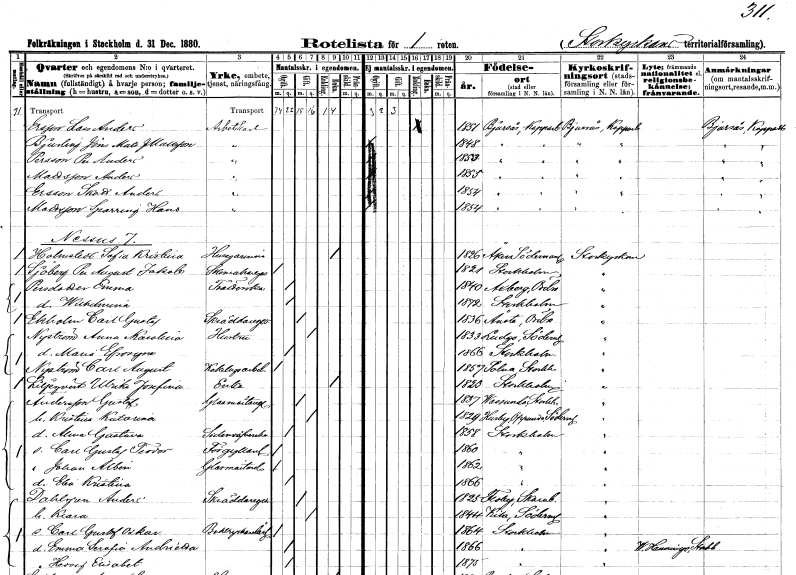
gt_parse: households: individuals: FN: Lars Anders
EN: Ersson
YRKE: Arbetskarl
KON: M
CIV: E
FODAR: 1851
FODFORS: Bjursås Kopparbergs län
FN: Jöns Mats
EN: Bjurling Mattsson
YRKE: Arbetskarl
KON: M
CIV: O
FODAR: 1848
FODFORS: Bjursås Kopparbergs län
FN: Per Anders
EN: Persson
YRKE: Arbetskarl
KON: M
CIV: O
FODAR: 1853
FODFORS: Bjursås Kopparbergs län
FN: Anders
EN: Mattsson
YRKE: Arbetskarl
KON: M
CIV: O
FODAR: 1855
FODFORS: Bjursås Kopparbergs län
FN: Anders
EN: Ersson Skott
YRKE: Arbetskarl
KON: M
CIV: O
FODAR: 1854
FODFORS: Bjursås Kopparbergs län
FN: Hans
EN: Mattsson Sparring
YRKE: Arbetskarl
KON: M
CIV: O
FODAR: 1854
FODFORS: Bjursås Kopparbergs län
FN: Sofia Kristina
EN: Holmstedt
YRKE: Husägarinna
KON: K
CIV: E
FODAR: 1826
FODFORS: Åker Södermanlands län
FN: Per August Jakob
EN: Sjöberg
YRKE: Skomakaregesäll
KON: M
CIV: O
FODAR: 1821
FODFORS: Stockholm
FN: Emma
EN: Persdotter
YRKE: Tvätterska
KON: K
CIV: O
FODAR: 1840
FODFORS: Axberg Örebro län
FN: Wilhelmina
KON: K
CIV: O
FODAR: 1872
FODFORS: Stockholm
FN: Carl Gustaf
EN: Ekholm
YRKE: Skräddaregesäll
KON: M
CIV: G
FODAR: 1836
FODFORS: Ånsta Örebro län
FN: Anna Karolina
EN: Nyström
YRKE: Hustru
KON: K
CIV: G
FODAR: 1833
FODFORS: Ludgo Södermanlands län
FN: Maria Efrosyne
KON: K
CIV: O
FODAR: 1866
FODFORS: Stockholm
FN: Carl August
EN: Nyström
YRKE: Kakelugnsmakeriarbetare
KON: M
CIV: O
FODAR: 1857
FODFORS: Solna Stockholms län
FN: Ulrika Josefina
EN: Liljeqvist
YRKE: Änka
KON: K
CIV: E
FODAR: 1823
FODFORS: Stockholm
FN: Gustaf
EN: Andersson
YRKE: Glasmästare
KON: M
CIV: G
FODAR: 1837
FODFORS: Vassunda Uppsala län
FN: Kristina Katarina
KON: K
CIV: G
FODAR: 1829
FODFORS: Husby-Oppunda Södermanlands län
FN: Alma Gustava
YRKE: Sidenväverska
KON: K
CIV: O
FODAR: 1858
FODFORS: Stockholm
FN: Carl Gustaf Teodor
YRKE: Förgyllarelärling
KON: M
CIV: O
FODAR: 1860
FODFORS: Stockholm
FN: Johan Albin
YRKE: Glasmästare
KON: M
CIV: O
FODAR: 1862
FODFORS: Stockholm
FN: Elin Kristina
KON: K
CIV: O
FODAR: 1866
FODFORS: Stockholm
FN: Anders
EN: Dahlgren
YRKE: Skräddaregesäll
KON: M
CIV: G
FODAR: 1825
FODFORS: Floby Skaraborgs län
FN: Klara
KON: K
CIV: G
FODAR: 1844
FODFORS: Kila Södermanlands län
FN: Hedvig Elisabet
KON: K
CIV: O
FODAR: 1875
FODFORS: Stockholm